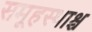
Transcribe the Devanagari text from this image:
समूहस्थाश्च